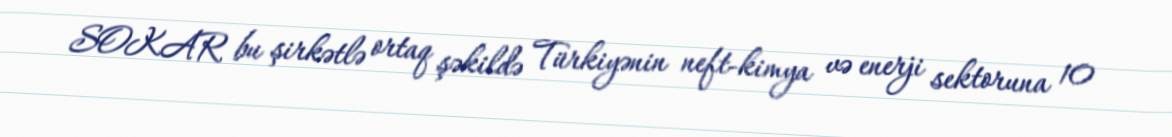
SOKAR bu şirkətlə ortaq şəkildə Türkiyənin neft-kimya və enerji sektoruna 10